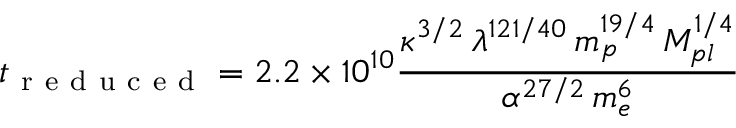
t _ { \mathrm { ~ r ~ e ~ d ~ u ~ c ~ e ~ d ~ } } = 2 . 2 \times 1 0 ^ { 1 0 } \frac { \kappa ^ { 3 / 2 } \, \lambda ^ { 1 2 1 / 4 0 } \, m _ { p } ^ { 1 9 / 4 } \, M _ { p l } ^ { 1 / 4 } } { \alpha ^ { 2 7 / 2 } \, m _ { e } ^ { 6 } }